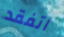
اتفقد